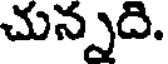
చున్నది.